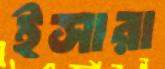
ইসারা